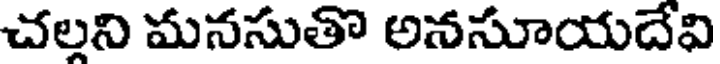
చల్లని మనసుతొ అనసూయదేవి